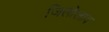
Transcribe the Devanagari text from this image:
जिलोलाव